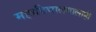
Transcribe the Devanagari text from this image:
महाविद्यालयालाही